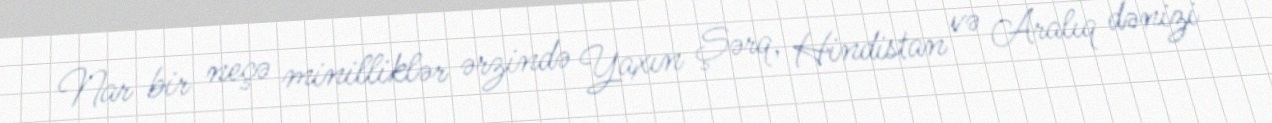
Nar bir neçə minilliklər ərzində Yaxın Şərq, Hindistan və Aralıq dənizi